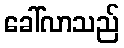
ခေါ်လာသည်